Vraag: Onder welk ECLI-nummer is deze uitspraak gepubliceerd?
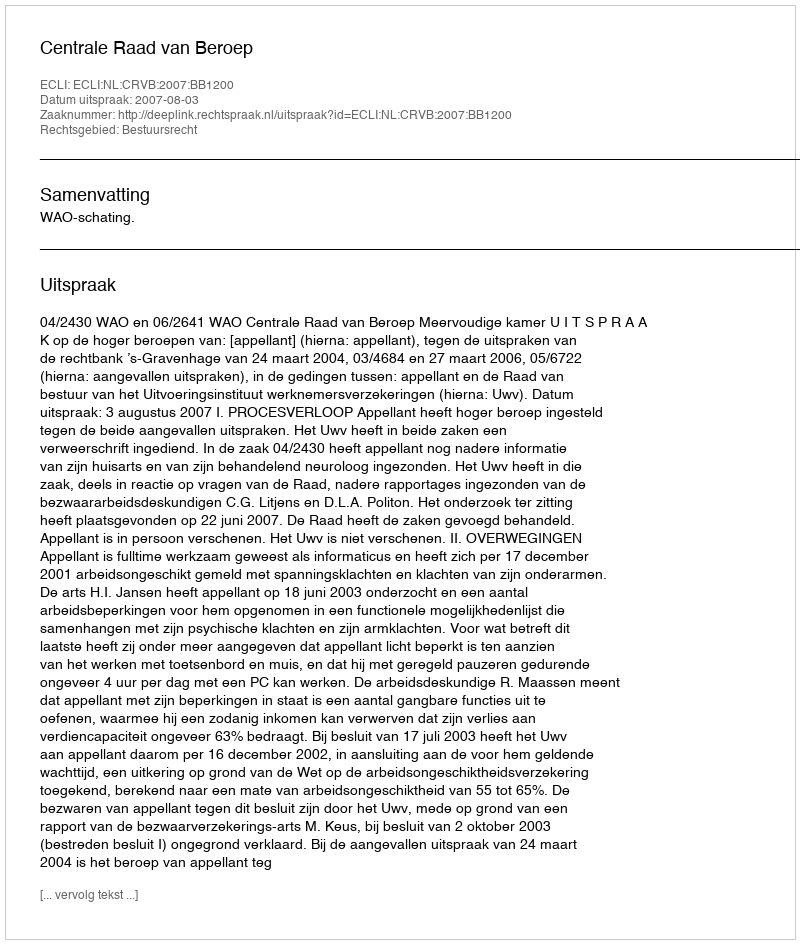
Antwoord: ECLI:NL:CRVB:2007:BB1200